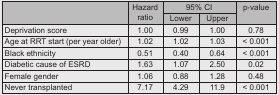
<table><thead><tr><td rowspan="2"></td><td rowspan="2"><b>Hazard ratio</b></td><td colspan="2"><b>95% CI</b></td><td rowspan="2"><b>p-value</b></td></tr><tr><td><b>Lower</b></td><td><b>Upper</b></td></tr></thead><tbody><tr><td>Deprivation score</td><td>1.00</td><td>0.99</td><td>1.00</td><td>0.78</td></tr><tr><td>Age at RRT start (per year older)</td><td>1.02</td><td>1.02</td><td>1.03</td><td>&lt; 0.001</td></tr><tr><td>Black ethnicity</td><td>0.51</td><td>0.40</td><td>0.64</td><td>&lt; 0.001</td></tr><tr><td>Diabetic cause of ESRD</td><td>1.63</td><td>1.07</td><td>2.50</td><td>0.02</td></tr><tr><td>Female gender</td><td>1.06</td><td>0.88</td><td>1.28</td><td>0.48</td></tr><tr><td>Never transplanted</td><td>7.17</td><td>4.29</td><td>11.9</td><td>&lt; 0.001</td></tr></tbody></table>